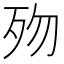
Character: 歾